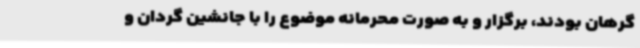
گرهان بودند، برگزار و به صورت محرمانه موضوع را با جانشین گردان و